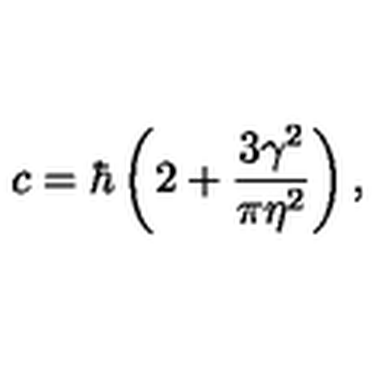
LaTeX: c = \hbar \left( 2 + \frac { 3 \gamma ^ { 2 } } { \pi \eta ^ { 2 } } \right) ,